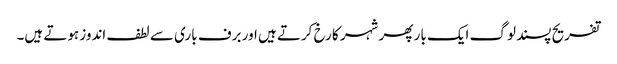
تفریح پسند لوگ ایک بار پھر شہر کا رخ کرتے ہیں اور برف باری سے لطف اندوز ہوتے ہیں۔